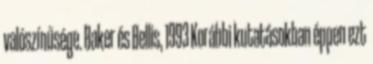
valószínűsége. Baker és Bellis, 1993 Korábbi kutatásokban éppen ezt